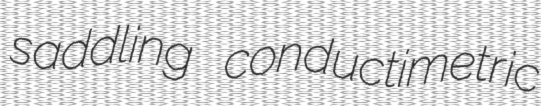
saddling conductimetric